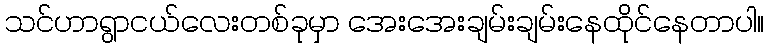
သင်ဟာရွာငယ်လေးတစ်ခုမှာ အေးအေးချမ်းချမ်းနေထိုင်နေတာပါ။